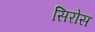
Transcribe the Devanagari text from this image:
सिरोस